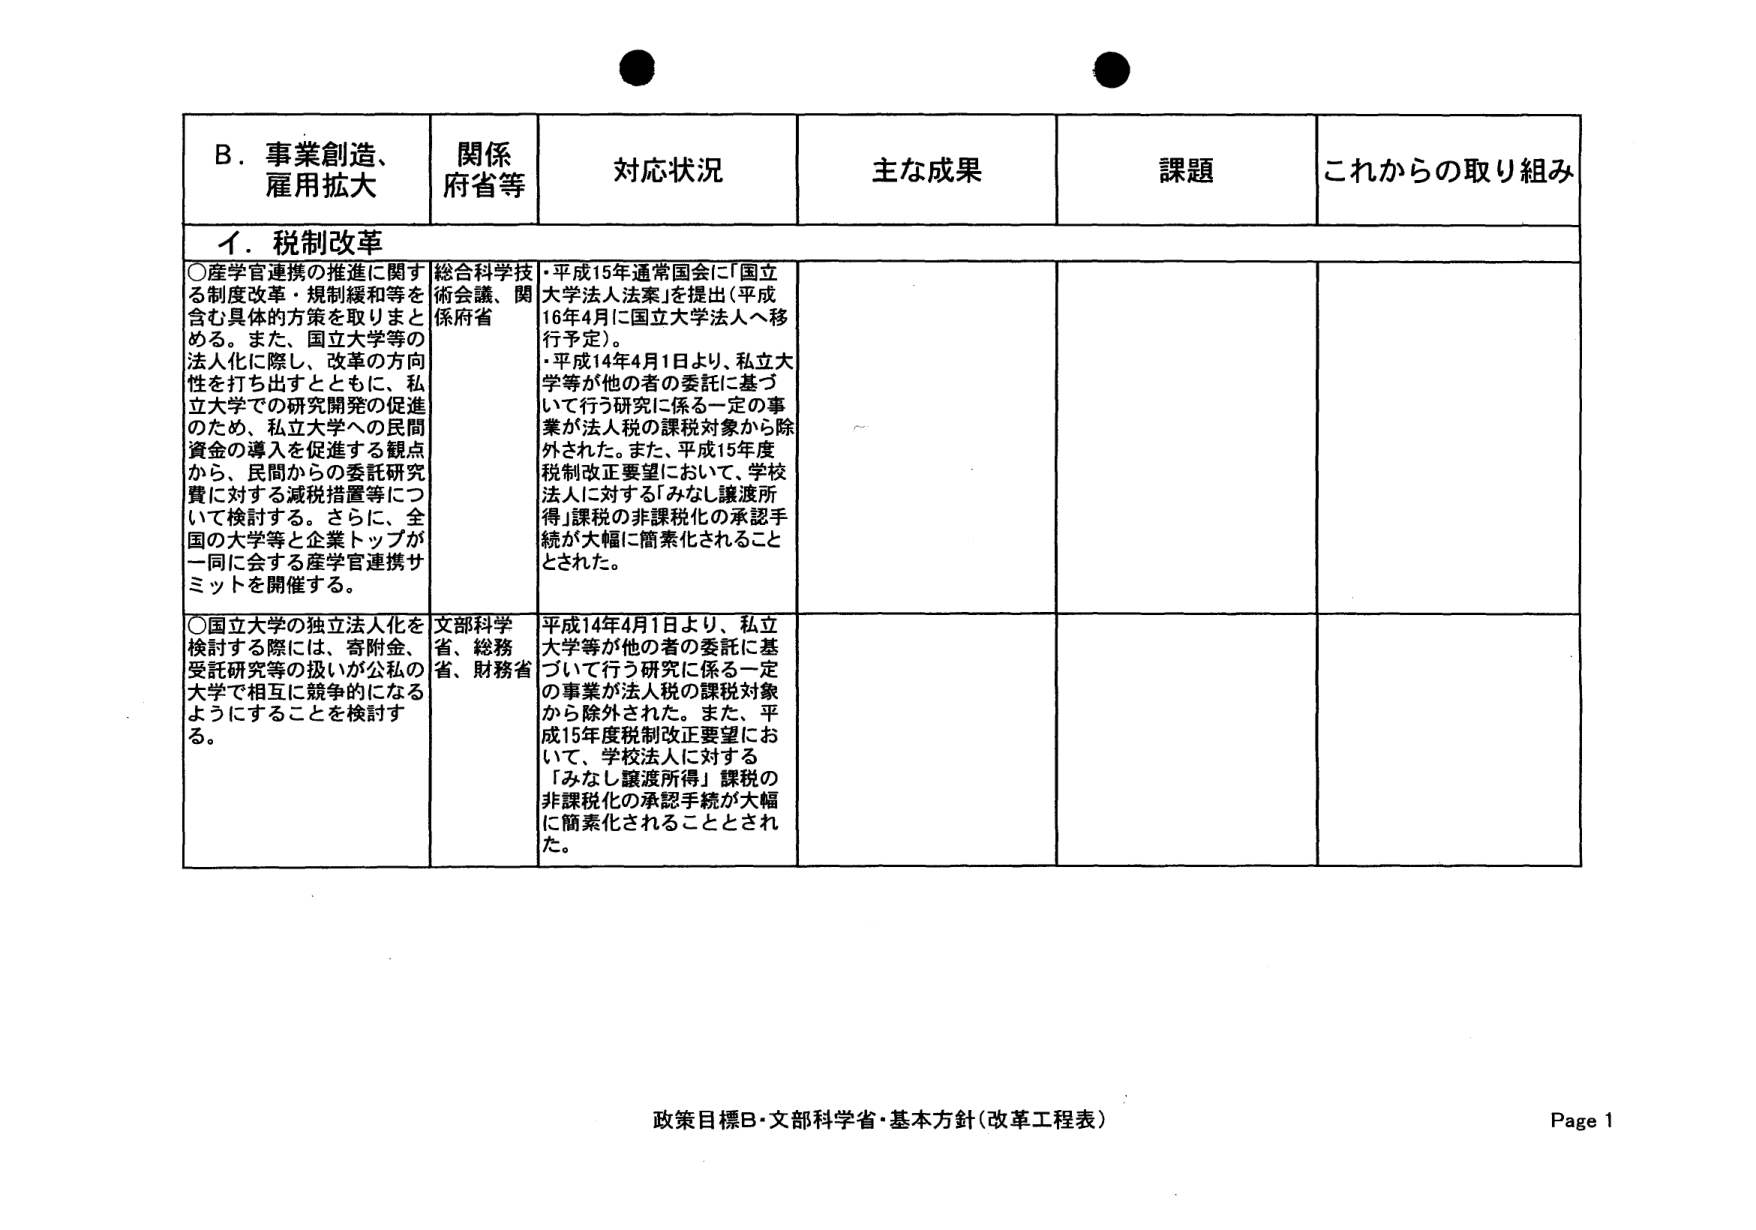
B．事業創造、
雇用拡大

関係
府省等

対応状況

主な成果

課題

これからの取り組み

イ．税制改革

○産学官連携の推進に関する制度改革・規制緩和等を含む具体的方策を取りまとめる。また、国立大学等の法人化に際し、改革の方向性を打ち出すとともに、私立大学での研究開発の促進のため、私立大学への民間資金の導入を促進する観点から、民間からの委託研究費に対する減税措置等について検討する。さらに、全国の大学等と企業トップが一同に会する産学官連携サミットを開催する。

総合科学技術会議、関係府省

・平成15年通常国会に「国立大学法人法案」を提出（平成16年4月に国立大学法人へ移行予定）。
・平成14年4月1日より、私立大学等が他の者の委託に基づいて行う研究に係る一定の事業が法人税の課税対象から除外された。また、平成15年度税制改正要望において、学校法人に対する「みなし譲渡所得」課税の非課税化の承認手続が大幅に簡素化されることとされた。

○国立大学の独立法人化を検討する際には、寄附金、受託研究等の扱いが公私の大学で相互に競争的になるようにすることを検討する。

文部科学省、総務省、財務省

平成14年4月1日より、私立大学等が他の者の委託に基づいて行う研究に係る一定の事業が法人税の課税対象から除外された。また、平成15年度税制改正要望において、学校法人に対する「みなし譲渡所得」課税の非課税化の承認手続が大幅に簡素化されることとされた。

政策目標B・文部科学省・基本方針（改革工程表）
Page 1